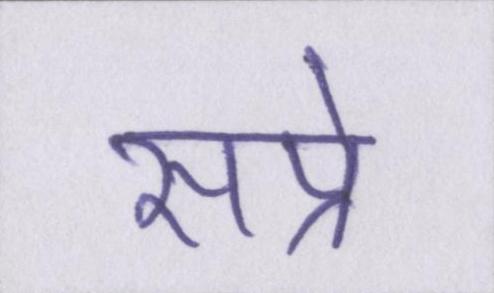
सप्रे